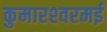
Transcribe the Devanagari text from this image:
कुमारश्‍वरमई